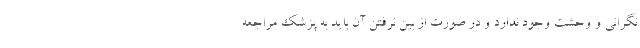
نگرانی و وحشت وجود ندارد و در صورت از بین نرفتن آن باید به پزشک مراجعه